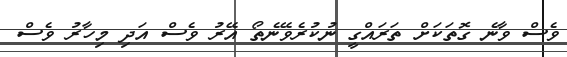
ވެސް ވާނެ ގޮތަކަށް ތަރައްގީ ނުކުރެވޭނެތޯ އޭރު ވެސް އަދި މިހާރު ވެސް